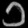
Digit: ၁